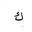
Letter: _kaf